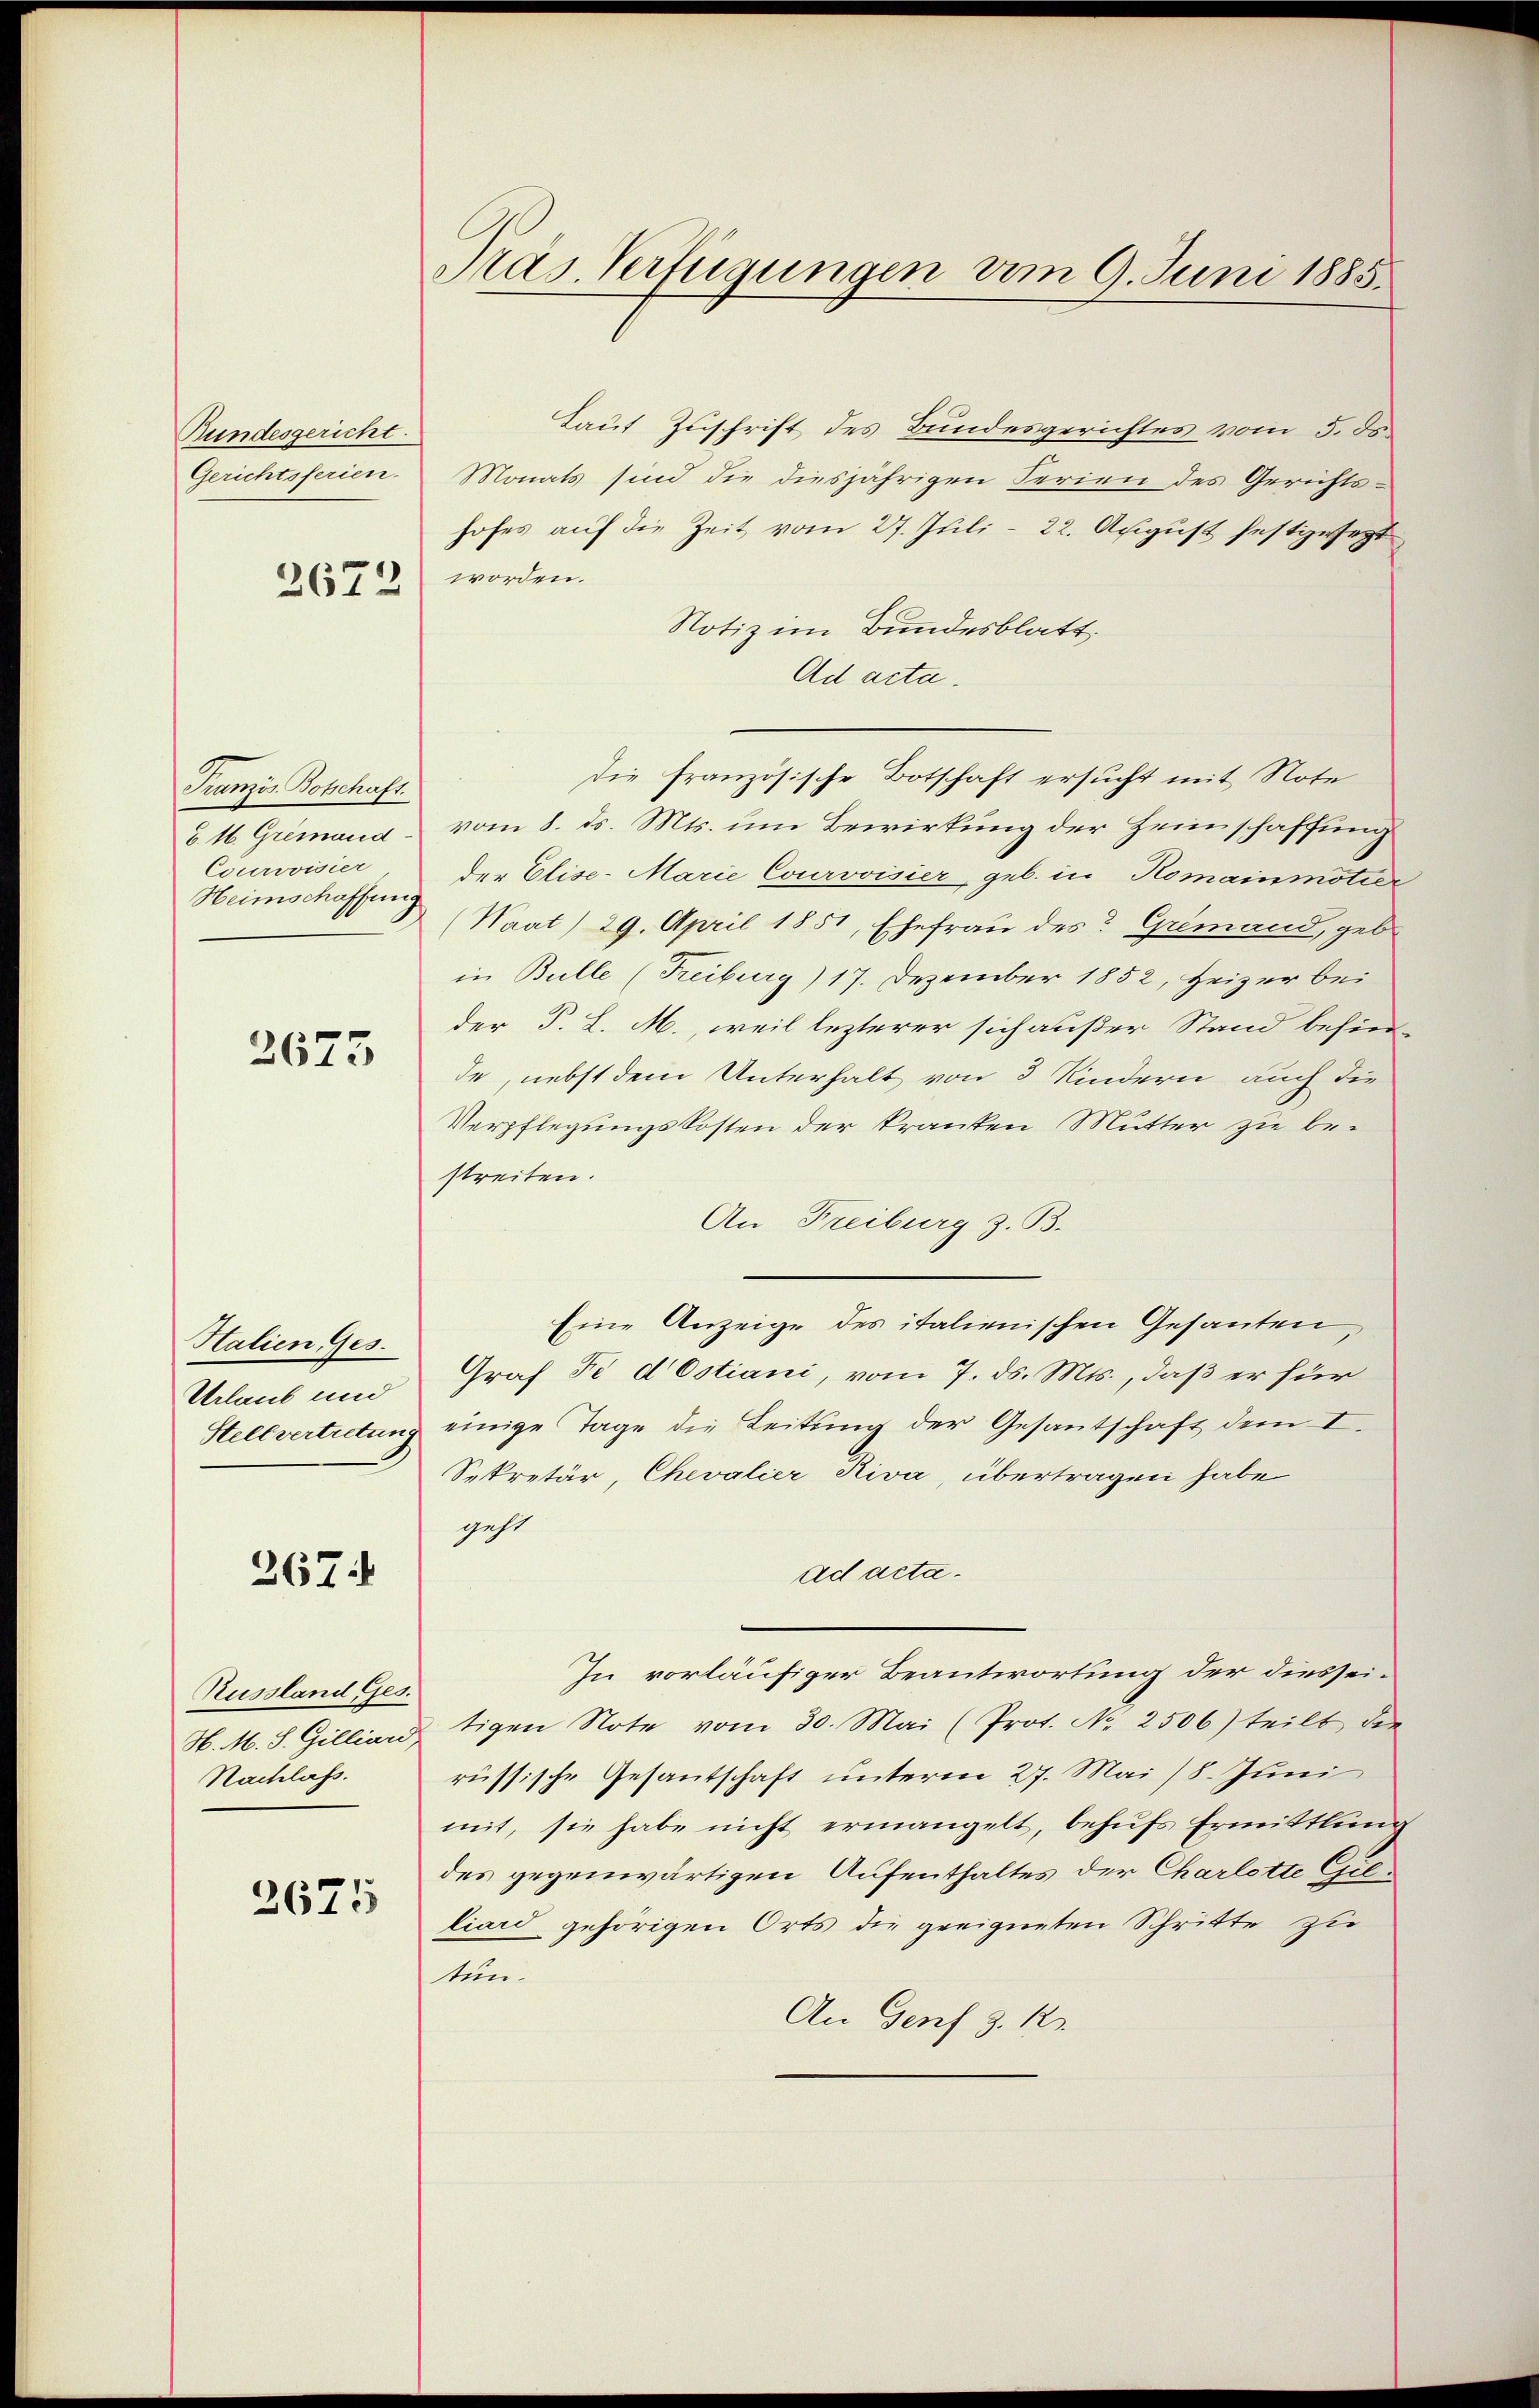
Bundesgericht.
Gerichtsferien.
2672

Französ. Botschaft.
Z. M. Gremand
Courvoisier
Heimschaffung

2673

Halien Ges.
Urlaub und

267.

Russland Ges.
Nachlass.

2675

Pras Verfügungen vom 9. Juni 1885.

Laut Zuschrift des Bundesgerichtes vom 5. ds.
Monats sind die diesjährigen Serien des Gerichts-
hofes auf die Zeit vom 27. Juli – 22. August festgesetzt
worden.
Notiz im Bundesblatt,
Ad acta.
vom 8. ds. Mts. um Bewirkung der Heimschaffung
der Elise- Marie Courvoisier, geb. in Romainmotier
(Waat) 29. April 1851, Ehefrau des Gremand, geb.
in Bulle (Freiburg) 17. Dezember 1852, Heizer bei
der P. L. M., weil lezterer sich außer Stand besin-
de, nebst dem Unterhalt von 3 Kindern auch die
Verpflegungskosten der kranken Mutter zu bestreiten.
An Freiburg z. B.
Eine Anzeige des italienischen Gesanten,
Graf Fe d Ostiani, vom 7. ds. Mts., daß er für
Stellvertretŭng einige Tage die Leitŭng der Gesantschaft dem I.
Sekretär, Chevalier Riva, übertragen habe
geht
ad acta.
In vorläufiger Beantwortung der diessei¬
H. M. S. Gilliartigen Note vom 30. Mai (Prot. Nr. 2506) teilt die
russische Gesantschaft unterm 27. Mai 18. Juni
mit, sie habe nicht ermangelt, behŭfs Ermittling
des gegenwärtigen Aufenthaltes der Charlotte Gilliard gehörigen Orts die geeigneten Schritte zu
tun.
An Genf §. 13.

die französische Botschaft ersucht mit Note